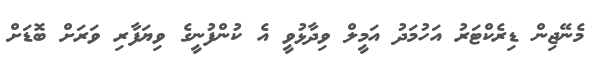
މެނޭޖިން ޑިރެކްޓަރު އަހުމަދު އަމީލް ވިދާޅުވީ އެ ކުންފުނީގެ ވިޔަފާރި ވަރަށް ބޮޑަށް